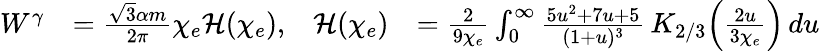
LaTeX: \begin{array}{rlrl}{W^{\gamma}}&{=\frac{\sqrt{3}\alpha m}{2\pi}\chi_{e}\mathcal{H}(\chi_{e}),}&{\mathcal{H}(\chi_{e})}&{=\frac{2}{9\chi_{e}}\int_{0}^{\infty}\frac{5u^{2}+7u+5}{(1+u)^{3}}\, K_{2/3}\! \left(\frac{2u}{3\chi_{e}}\right)\, du}\end{array}